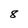
Character: 8